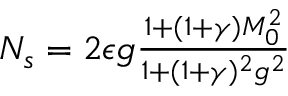
\begin{array} { r } { N _ { s } = 2 \epsilon g \frac { 1 + ( 1 + \gamma ) M _ { 0 } ^ { 2 } } { 1 + ( 1 + \gamma ) ^ { 2 } g ^ { 2 } } } \end{array}